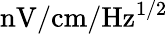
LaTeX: \mathrm{nV/cm/Hz^{1/2}}